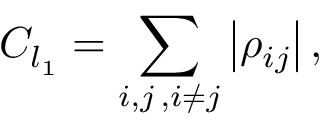
C _ { l _ { 1 } } = \sum _ { i , j \, , i \neq j } \left| \rho _ { i j } \right| ,